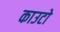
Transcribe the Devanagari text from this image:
काउटो